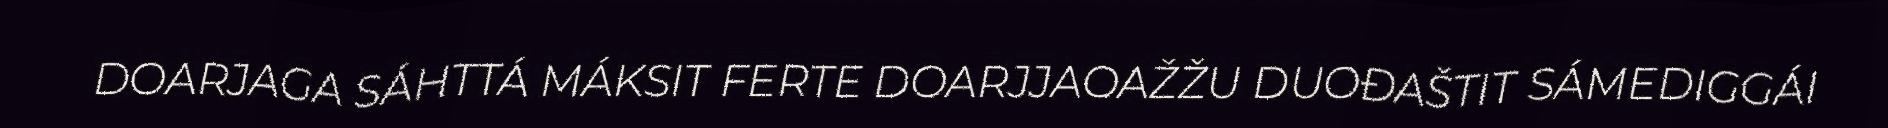
DOARJAGA SÁHTTÁ MÁKSIT FERTE DOARJJAOAŽŽU DUOĐAŠTIT SÁMEDIGGÁI